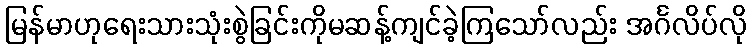
မြန်မာဟုရေးသားသုံးစွဲခြင်းကိုမဆန့်ကျင်ခဲ့ကြသော်လည်း အင်္ဂလိပ်လို